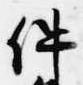
件